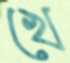
খে